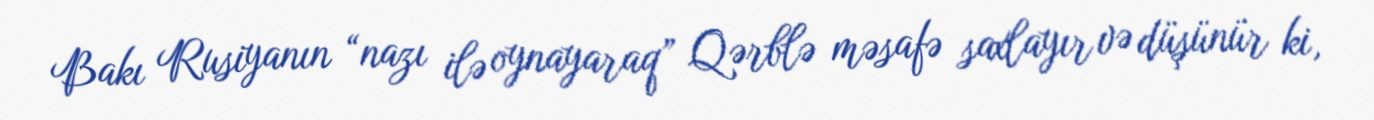
Bakı Rusiyanın “nazı ilə oynayaraq” Qərblə məsafə saxlayır və düşünür ki,